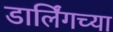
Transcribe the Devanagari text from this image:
डार्लिंगच्या